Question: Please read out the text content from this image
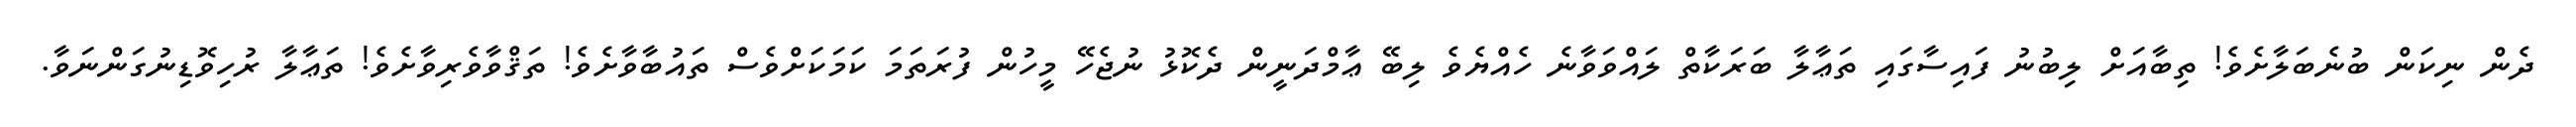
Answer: ދެން ނިކަން ބުނެބަލާށެވެ! ތިބާއަށް ލިބުނު ފައިސާގައި ތަޢާލާ ބަރަކާތް ލައްވަވާނެ ހެއްޔެވެ ލިބޭ ޢާމްދަނީން ދެކޮޅު ނުޖެހޭ މީހުން ފުރަތަމަ ކަމަކަށްވެސް ތައުބާވާށެވެ! ތަޤްވާވެރިވާށެވެ! ތަޢާލާ ރުހިވޮޑިނުގަންނަވާ.